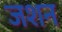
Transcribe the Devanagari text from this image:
जशन